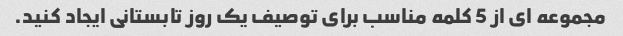
مجموعه ای از 5 کلمه مناسب برای توصیف یک روز تابستانی ایجاد کنید.